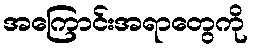
အကြောင်းအရာတွေကို